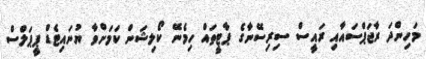
މަހިންދަ ރާޖަޕްސައާއި ރައީސް ސިރިސޭނާގެ ޕާޓީތައް ހިމެނޭ ކޯލިޝަން ކަމަށްވާ ޔުނައިޓެޑް ޕީޕަލްސް